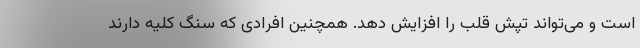
است و می‌تواند تپش قلب را افزایش دهد. همچنین افرادی که سنگ کلیه دارند